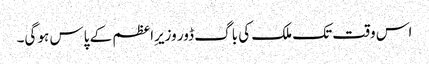
اس وقت تک ملک کی باگ ڈور وزیرِاعظم کے پاس ہو گی۔